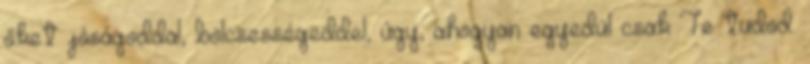
őket jóságoddal, bölcsességeddel, úgy, ahogyan egyedül csak Te tudod.